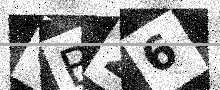
Text: GB26